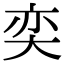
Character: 奕